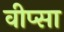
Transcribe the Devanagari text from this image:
वीप्सा